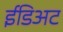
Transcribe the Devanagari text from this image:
ईडिअट